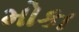
મોકા